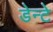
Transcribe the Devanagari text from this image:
डेन्टे